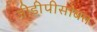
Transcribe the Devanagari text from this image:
जीडीपीसोबत